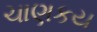
ચાણકય